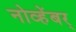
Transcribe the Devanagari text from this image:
नोव्हेंबर्